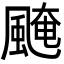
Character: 𩗷